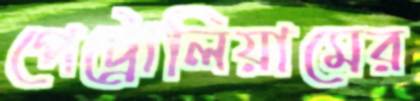
পেট্রোলিয়ামের